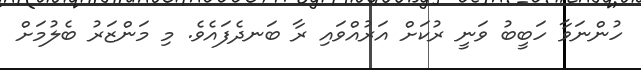
ހުންނަވާ ހަބީބު ވަނީ ރުކަށް އަރުއްވައި ރާ ބަނދެފައެވެ. މި މަންޒަރު ބެލުމަށް